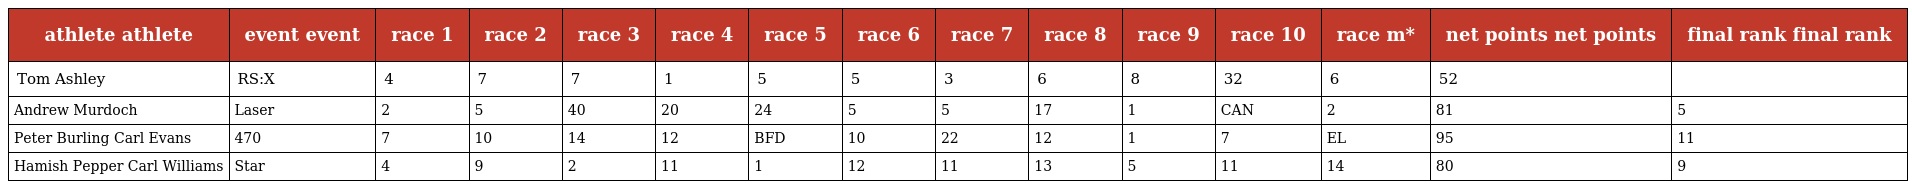
| athlete athlete | event event | race 1 | race 2 | race 3 | race 4 | race 5 | race 6 | race 7 | race 8 | race 9 | race 10 | race m* | net points net points | final rank final rank |
 | --- | --- | --- | --- | --- | --- | --- | --- | --- | --- | --- | --- | --- | --- | --- |
 | Tom Ashley | RS:X | 4 | 7 | 7 | 1 | 5 | 5 | 3 | 6 | 8 | 32 | 6 | 52 |  |
 | Andrew Murdoch | Laser | 2 | 5 | 40 | 20 | 24 | 5 | 5 | 17 | 1 | CAN | 2 | 81 | 5 |
 | Peter Burling Carl Evans | 470 | 7 | 10 | 14 | 12 | BFD | 10 | 22 | 12 | 1 | 7 | EL | 95 | 11 |
 | Hamish Pepper Carl Williams | Star | 4 | 9 | 2 | 11 | 1 | 12 | 11 | 13 | 5 | 11 | 14 | 80 | 9 |